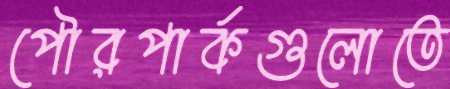
পৌরপার্কগুলোতে